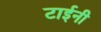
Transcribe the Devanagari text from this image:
टाईनी